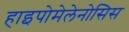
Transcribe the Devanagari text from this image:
हाइपोमेलेनोसिस